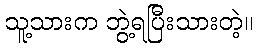
သူ့သားက ဘွဲ့ရပြီးသားတဲ့။